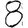
Digit: 8